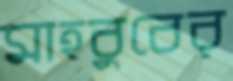
মাহবুবের